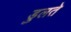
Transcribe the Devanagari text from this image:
डुलते